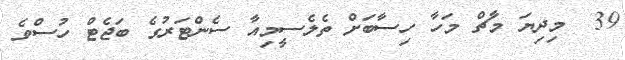
39  މިދިޔަ މާޗް މަހާ ހިސާބަށް ތެލެސީމިއާ ސެންޓަރުގެ ބަޖެޓް ހުސްވެ